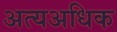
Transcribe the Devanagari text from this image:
अत्यअधिक